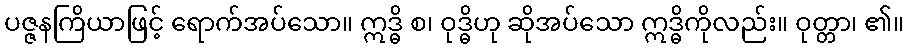
ပဇ္ဇနကြိယာဖြင့် ရောက်အပ်သော။ ဣဒ္ဓိ စ၊ ဝုဒ္ဓိဟု ဆိုအပ်သော ဣဒ္ဓိကိုလည်း။ ဝုတ္တာ၊ ၏။